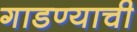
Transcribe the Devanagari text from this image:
गाडण्याची